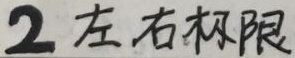
2 左右极限